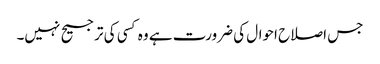
جس اصلاح احوال کی ضرورت ہے وہ کسی کی ترجیح نہیں۔